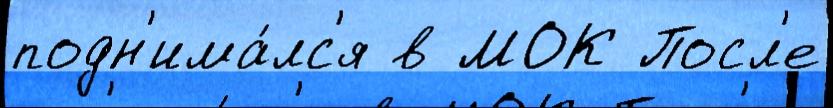
подн'има́лс'я в МОК Посл'е